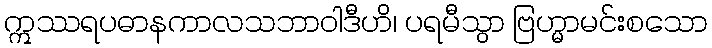
ဣဿရပဓာနကာလသဘာဝါဒီဟိ၊ ပရမီသွာ ဗြဟ္မာမင်းစသော